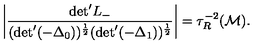
\left| \frac { \mathrm { d e t } ^ { \prime } L _ { - } } { ( \mathrm { d e t } ^ { \prime } ( - { \Delta } _ { 0 } ) ) ^ { \frac { 1 } { 2 } } ( \mathrm { d e t } ^ { \prime } ( - { \Delta } _ { 1 } ) ) ^ { \frac { 1 } { 2 } } } \right| = { \tau } _ { R } ^ { - 2 } ( { \cal M } ) .